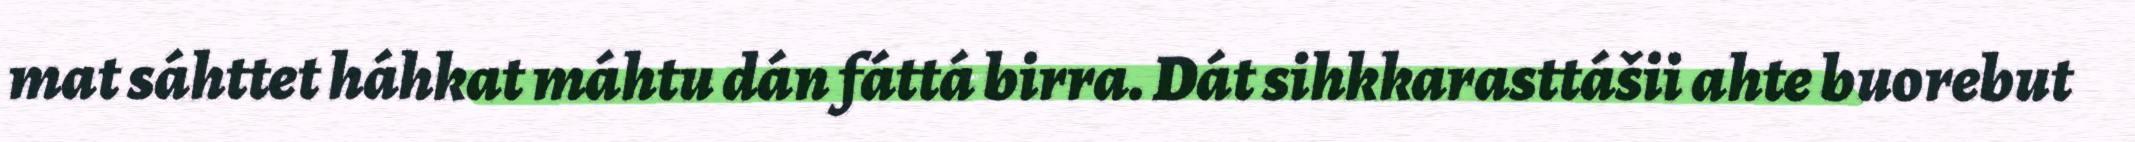
mat sáhttet háhkat máhtu dán fáttá birra. Dát sihkkarasttášii ahte buorebut